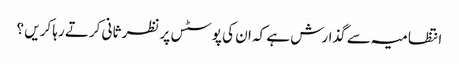
انتظامیہ سے گذارش ہے کہ ان کی پوسٹس پر نظر ثانی کرتے رہا کریں ؟